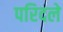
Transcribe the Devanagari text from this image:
परिदले